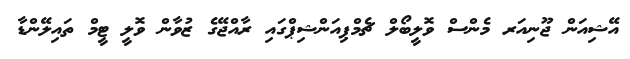
އޭޝިއަން ޖޫނިއަރ މެންސް ވޮލީބޯލް ޗެމްޕިއަންޝިޕްގައި ރާއްޖޭގެ ޒުވާން ވޮލީ ޓީމް ތައިލޭންޑާ